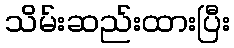
သိမ်းဆည်းထားပြီး